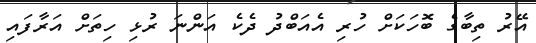
އޭރު ތިބާގެ ބޮހަކަށް ހުރި އެއަބްދު ދެކެ އަންނަ ރުޅި ހިތަށް އަރާފައި